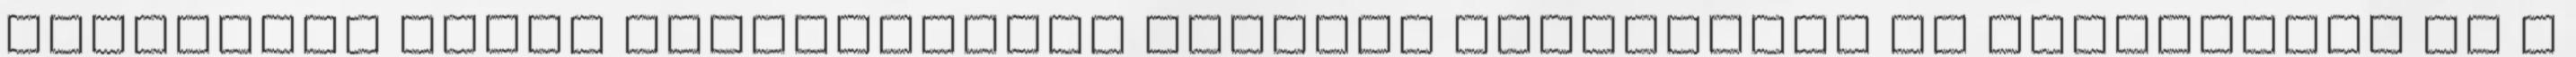
Foglaljon olcsó repülőjegyet Belfast kikötőjébe és látogasson el a